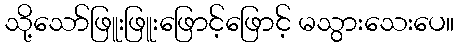
သို့သော်ဖြူးဖြူးဖြောင့်ဖြောင့် မသွားသေးပေ။